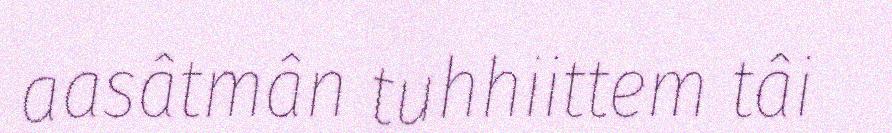
aasâtmân tuhhiittem tâi